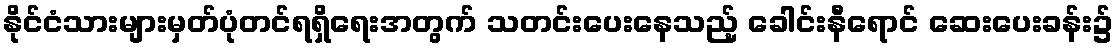
နိုင်ငံသားများမှတ်ပုံတင်ရရှိရေးအတွက် သတင်းပေးနေသည့် ခေါင်းနီရောင် ဆေးပေးခန်း၌